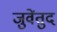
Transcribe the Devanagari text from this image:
जुवेंतुद